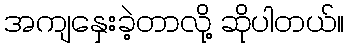
အကျနှေးခဲ့တာလို့ ဆိုပါတယ်။